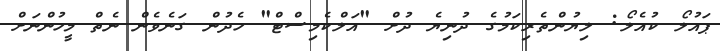
ޕައުލޯ ކުއެލޯ: ލިޔުންތެރިކަމުގެ ދުނިޔެ ދުށް "އަލްކެމިސްޓް" ހެދުން ގަނެވެން ނެތް މީހުންނަށް